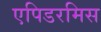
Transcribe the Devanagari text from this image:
एपिडरमिस